画像に写った文字を読んでください
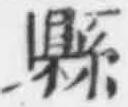
「縣」と書いてあります